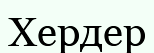
Хердер